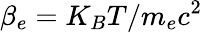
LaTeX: \beta_{e}=K_{B}T/m_{e}c^{2}